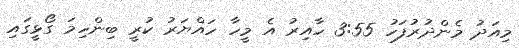
މިއަދު މެންދުރުފަހު 3:55 ހާއިރު އެ މީހާ ހައްޔަރު ކުރީ ބިންހިމަ ގޯޅީގައި